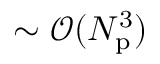
\sim \mathcal { O } ( N _ { \mathrm { p } } ^ { 3 } )